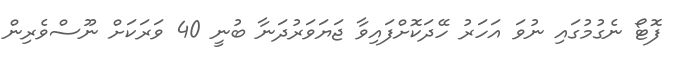
ފޮޓޯ ނެގުމުގައި ނުވަ އަހަރު ހޭދަކޮށްފައިވާ ޖަޔަވަރުދަނާ ބުނީ 40 ވަރަކަށް ނޫސްވެރިން